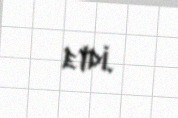
etdi.